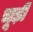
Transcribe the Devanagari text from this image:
चूड़ीं